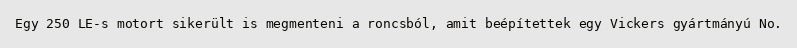
Egy 250 LE-s motort sikerült is megmenteni a roncsból, amit beépítettek egy Vickers gyártmányú No.